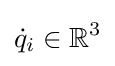
{\dot {q}}_{i}\in \mathbb {R} ^{3}